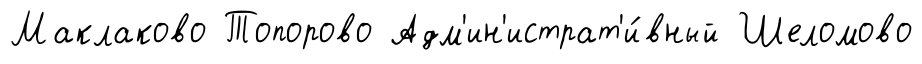
Маклаково Топорово Адм'ин'истрат'и́вный Шеломово